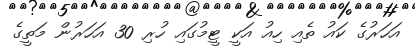
އަހަރުގެ ކައު ތެއި ހިއު އަކީ ޓީމުގައި ހުރި 30 އަހަރުން މަތީގެ